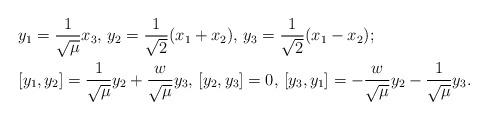
LaTeX: \begin{align*}&y_1=\frac{1}{\sqrt{\mu}}x_3, \, y_2=\frac{1}{\sqrt{2}}(x_1+x_2), \, y_3=\frac{1}{\sqrt{2}}(x_1-x_2);\\&[y_1,y_2]=\frac{1}{\sqrt{\mu}}y_2+ \frac{w}{\sqrt{\mu}}y_3, \,[y_2,y_3]=0,\,[y_3,y_1]=-\frac{w}{\sqrt{\mu}}y_2 - \frac{1}{\sqrt{\mu}}y_3.\end{align*}